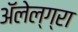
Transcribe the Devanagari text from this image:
अॅलेल्ग्रा